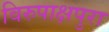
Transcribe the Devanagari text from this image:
विरुपाक्षपुरा